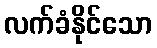
လက်ခံနိုင်သော